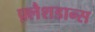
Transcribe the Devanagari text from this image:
फ़्लैशडान्स